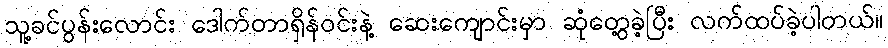
သူ့ခင်ပွန်းလောင်း ဒေါက်တာရှိန်ဝင်းနဲ့ ဆေးကျောင်းမှာ ဆုံတွေ့ခဲ့ပြီး လက်ထပ်ခဲ့ပါတယ်။